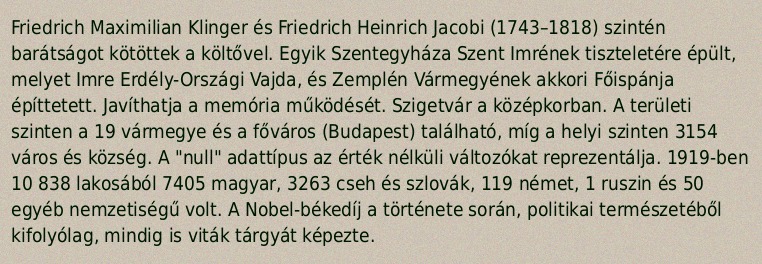
Friedrich Maximilian Klinger és Friedrich Heinrich Jacobi (1743–1818) szintén barátságot kötöttek a költővel. Egyik Szentegyháza Szent Imrének tiszteletére épült, melyet Imre Erdély-Országi Vajda, és Zemplén Vármegyének akkori Főispánja építtetett. Javíthatja a memória működését. Szigetvár a középkorban. A területi szinten a 19 vármegye és a főváros (Budapest) található, míg a helyi szinten 3154 város és község. A "null" adattípus az érték nélküli változókat reprezentálja. 1919-ben 10 838 lakosából 7405 magyar, 3263 cseh és szlovák, 119 német, 1 ruszin és 50 egyéb nemzetiségű volt. A Nobel-békedíj a története során, politikai természetéből kifolyólag, mindig is viták tárgyát képezte.